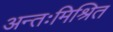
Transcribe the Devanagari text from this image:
अन्तःमिश्रित